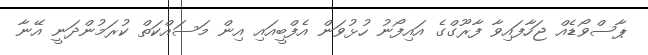
ޕާސްވޯޑެއް ޖަހާފައިވާ ފާރޫގްގެ އައިފޯނު ހުޅުވަން އެފްބީއައި އިން މަސައްކަތް ކުރަމުންދަނީ އޭނާ